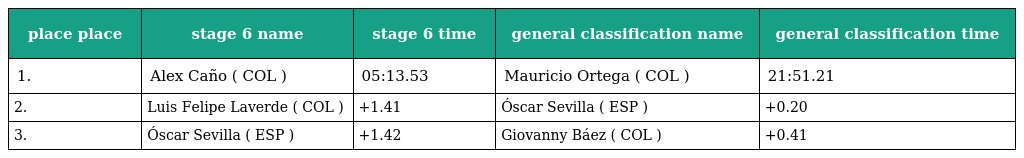
| place place | stage 6 name | stage 6 time | general classification name | general classification time |
 | --- | --- | --- | --- | --- |
 | 1. | Alex Caño ( COL ) | 05:13.53 | Mauricio Ortega ( COL ) | 21:51.21 |
 | 2. | Luis Felipe Laverde ( COL ) | +1.41 | Óscar Sevilla ( ESP ) | +0.20 |
 | 3. | Óscar Sevilla ( ESP ) | +1.42 | Giovanny Báez ( COL ) | +0.41 |